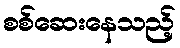
စစ်ဆေးနေသည့်